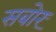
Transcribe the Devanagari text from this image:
सबोर